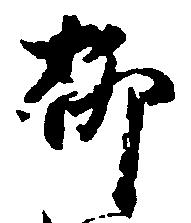
柳